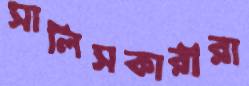
সালিসকারীরা